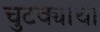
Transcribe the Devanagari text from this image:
चुटक्यांचा